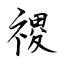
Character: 禝